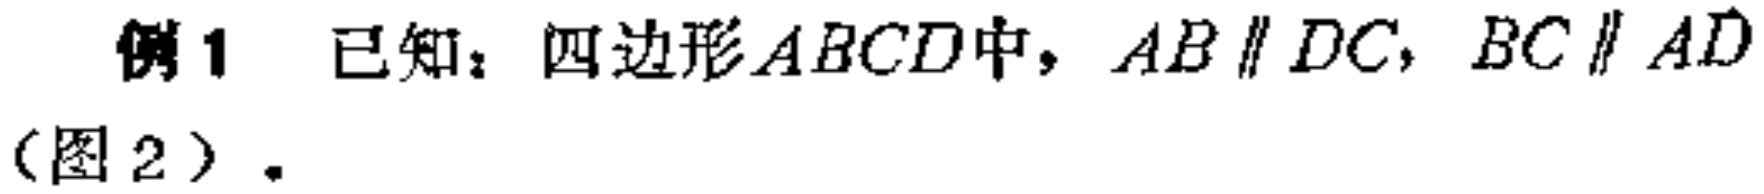
例1 已知：四边形\(ABCD\)中，\(AB\parallel DC\)，\(BC\parallel AD\)（图2）.